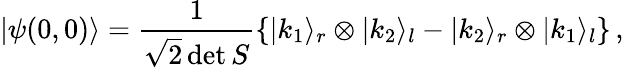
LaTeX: |\psi(0,0)\rangle=\frac{1}{\sqrt{2}\operatorname*{det}S}\left\{ |k_{1}\rangle_{r}\otimes|k_{2}\rangle_{l}-|k_{2}\rangle_{r}\otimes|k_{1}\rangle_{l}\right\} \, ,